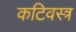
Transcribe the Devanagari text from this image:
कटिवस्त्र